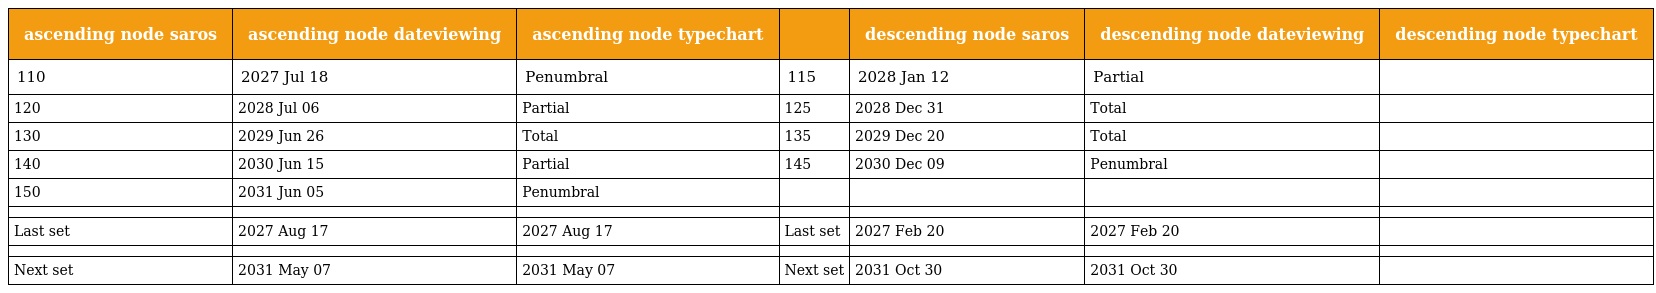
| ascending node saros | ascending node dateviewing | ascending node typechart |  | descending node saros | descending node dateviewing | descending node typechart |
 | --- | --- | --- | --- | --- | --- | --- |
 | 110 | 2027 Jul 18 | Penumbral | 115 | 2028 Jan 12 | Partial |  |
 | 120 | 2028 Jul 06 | Partial | 125 | 2028 Dec 31 | Total |  |
 | 130 | 2029 Jun 26 | Total | 135 | 2029 Dec 20 | Total |  |
 | 140 | 2030 Jun 15 | Partial | 145 | 2030 Dec 09 | Penumbral |  |
 | 150 | 2031 Jun 05 | Penumbral |  |  |  |  |
 |  |  |  |  |  |  |  |
 | Last set | 2027 Aug 17 | 2027 Aug 17 | Last set | 2027 Feb 20 | 2027 Feb 20 |  |
 |  |  |  |  |  |  |  |
 | Next set | 2031 May 07 | 2031 May 07 | Next set | 2031 Oct 30 | 2031 Oct 30 |  |